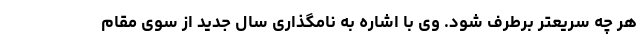
هر چه سریعتر برطرف شود. وی با اشاره به نامگذاری سال جدید از سوی مقام